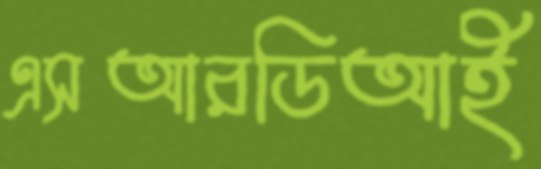
এসআরডিআই